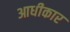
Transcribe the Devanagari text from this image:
आधीकार